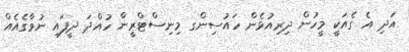
އަދި އެ ގެއަކީ މީހުން ދިރިއުޅެން ހައުސިންގ މިނިސްޓްރީން ހުއްދަ ދީފައި ނުވާގެއެއް